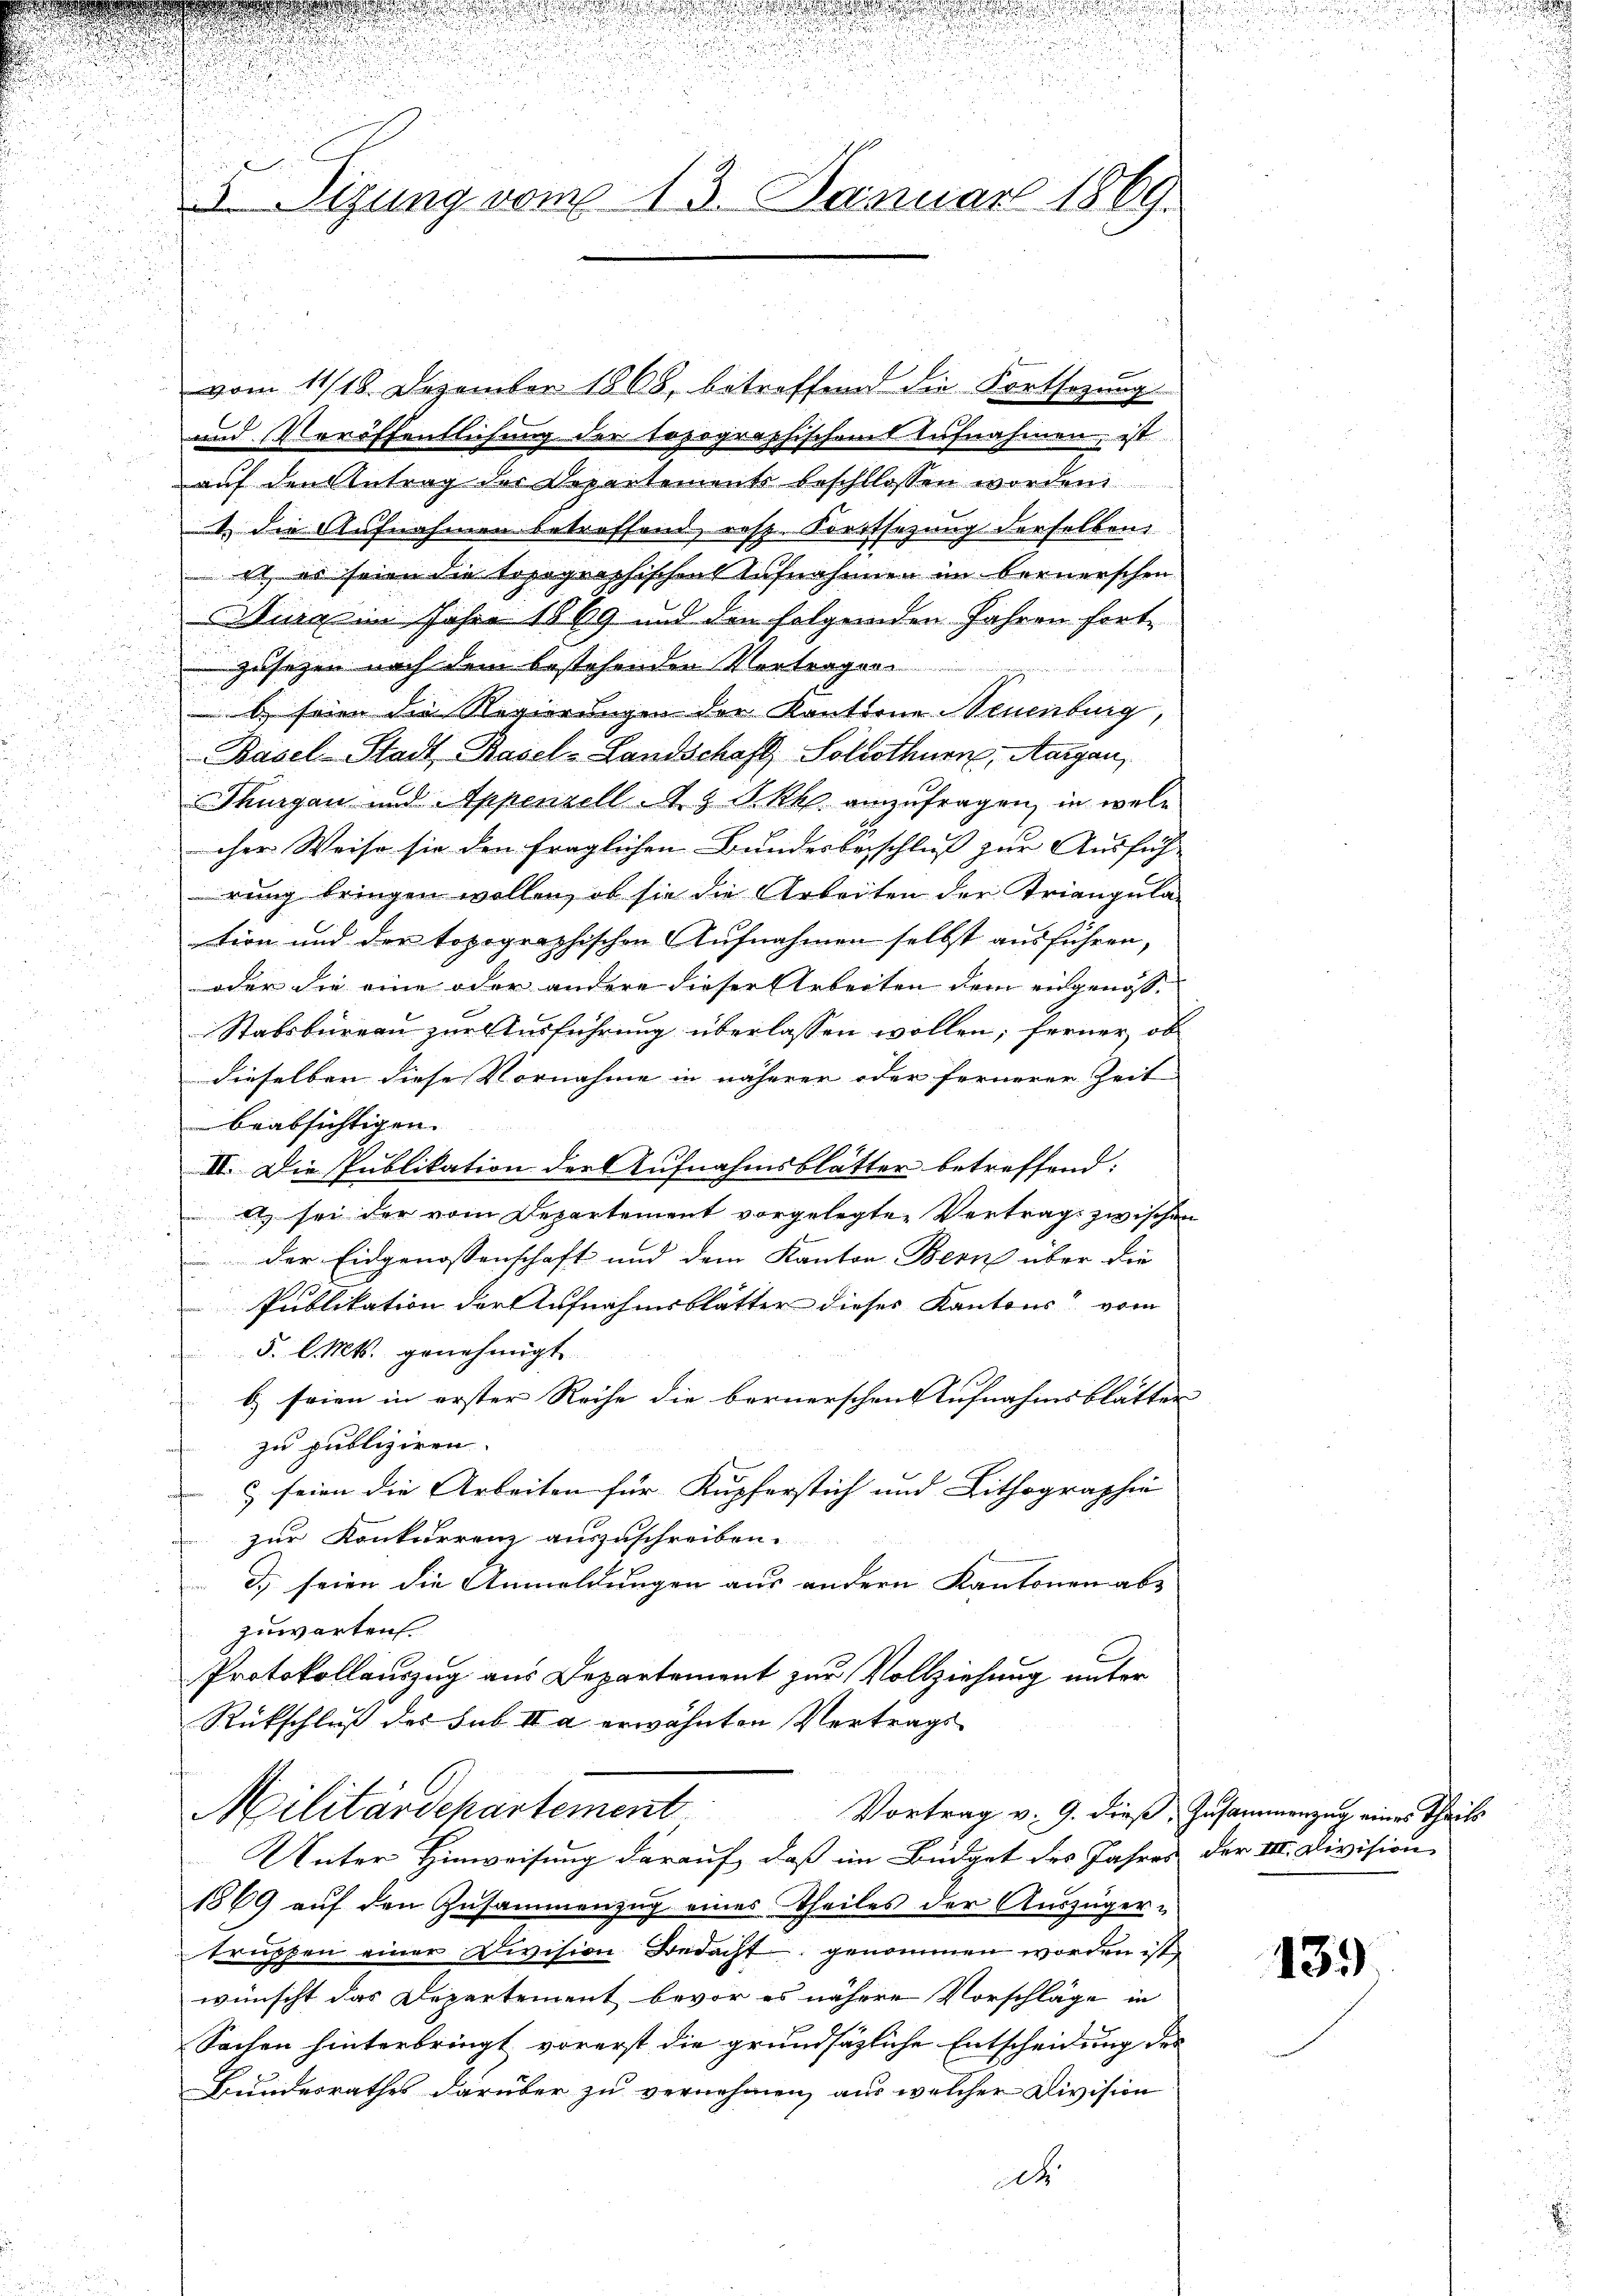
deen er den kann
h

.
i
.
s
23. Sizung vom 13. Januar 1869.

.
und Veröffentlichung der topographischem Aufnahmen, ist
auf den Antrag der Departements beschlossen worden
1 die Aufnahmen betroffend, resp. Forstsezung derselben
et, es seien die topographischen Aufnahmen im bernerschen
urg in Jahre 1869 und die folgenden Jahren fort-

zusetzen nach dem bestehenden Vortragen

6 seien die Regierungen der Kantone Neuenburg,

Basel-Stadt Basel-Landschaft Solothurn, Aargau,
Thurgau und Appenzell A. G. P. kk. anzufragen, in wele
cher Weise sie den fraglichen Bundesbeschluß zur Ausfüh-
u
rung bringen wollen, ob sie die Arbeiten der Friangulation und der topographischen Aufnahmen selbst ausführen,
oder die eine oder andere dieser Arbeiten dem eingenoss. |
Stabsbureau zur Ausführung überlassen wollen; ferner ob
dieselben diese Vornahme in näherer oder fernerer Zeit
beabsichtigen.
III. Die Publikation der Aufnahmsblätter betreffend:
A) sei der vom Departement vorgelegten Vertrags zwischen
der Eidgenossenschaft und dem Kanton Bern über die
Publikation der Aufnahmsblätter dieses Kantons vom
5. l. Mts. genehmigt.
b) seien in erster Reihe die bernerschen Aufnahmsblätter |
zu publiziren.
& seien die Arbeiten für Kupferstich und Lithographie |
zur Konkurrenz auszuschreiben.
3. seien die Anmeldungen aus andern Kantonen abs
zuwarten.
Protokollauszug aus Departement zur Vollziehung unter
Rückschluß des sub. II a erwähnten Vertrags
Militärdepartement
Vortrag v. 9. dieß, Zusammenzug eines Theils
Unter Hinweisung darauf, daß im Büdget des Jahres der IIII. Division
1869 auf den Zusammenzug eines Theiles der Auszüger-
trupfen einer Division Bedacht genommen worden ist
wünscht das Departement bevor es nähere Vorschläge in
Sachen hinterbringt vorerst die grundsätzliche Entscheidung der
Bundesrathes darüber zu vernehmen, aus welcher Division
dch

vom 11/18. Dezember 1868, betreffend die Fortsetzung

li

.

139